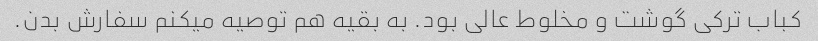
کباب ترکی گوشت و مخلوط عالی بود. به بقیه هم توصیه میکنم سفارش بدن.